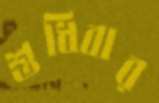
শুধিবার